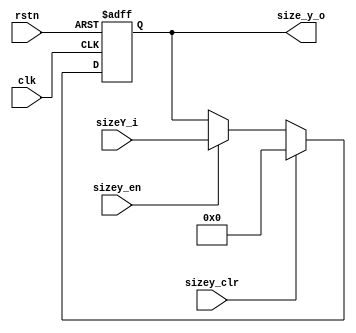
/******************************************************************
*Module name : size_y_reg
*Type        : Verilog Module
*
*Description : "Y" signal length Register 
*------------------------------------------------------------------
*	clocks    : posedge clock "clk"
*	reset		 : sync rstn, async reg_clr
* 
*Parameters  : none
*
******************************************************************/

module size_y_reg(
	input clk,
	input rstn,
	input sizey_clr,
	input sizey_en,
	input [4:0] sizeY_i,
 
	output reg [4:0] size_y_o);
	
always@(posedge clk or negedge rstn) 
begin
		if(!rstn)
			size_y_o <= 5'b00000;
		else if(sizey_clr)
			size_y_o <= 5'b00000;
		else if(sizey_en)
			size_y_o <= sizeY_i;
end
endmodule